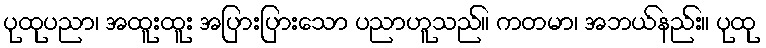
ပုထုပညာ၊ အထူးထူး အပြားပြားသော ပညာဟူသည်။ ကတမာ၊ အဘယ်နည်း။ ပုထု